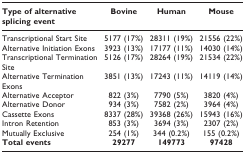
| Type of alternative splicing event | Bovine | Human | Mouse |
 | --- | --- | --- | --- |
 | Transcriptional Start Site | 5177 (17%) | 28311 (19%) | 21556 (22%) |
 | Alternative Initiation Exons | 3923 (13%) | 17177 (11%) | 14030 (14%) |
 | Transcriptional Termination Site | 5126 (17%) | 28264 (19%) | 21534 (22%) |
 | Alternative Termination Exons | 3851 (13%) | 17243 (11%) | 14119 (14%) |
 | Alternative Acceptor | 822 (3%) | 7790 (5%) | 3820 (4%) |
 | Alternative Donor | 934 (3%) | 7582 (2%) | 3964 (4%) |
 | Cassette Exons | 8337 (28%) | 39368 (26%) | 15943 (16%) |
 | Intron Retention | 853 (3%) | 3694 (3%) | 2307 (2%) |
 | Mutually Exclusive | 254 (1%) | 344 (0.2%) | 155 (0.2%) |
 | Total events | 29277 | 149773 | 97428 |